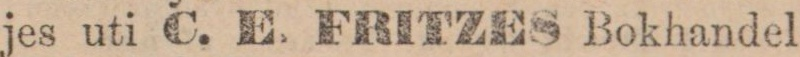
jes uti C. E. FRITZES Bokhandel